Annual report of the Bengal Veterinary College and of the Civil Veterinary Department, Bengal, for the year 1912-1913 - 1912-1913
Year: 1912
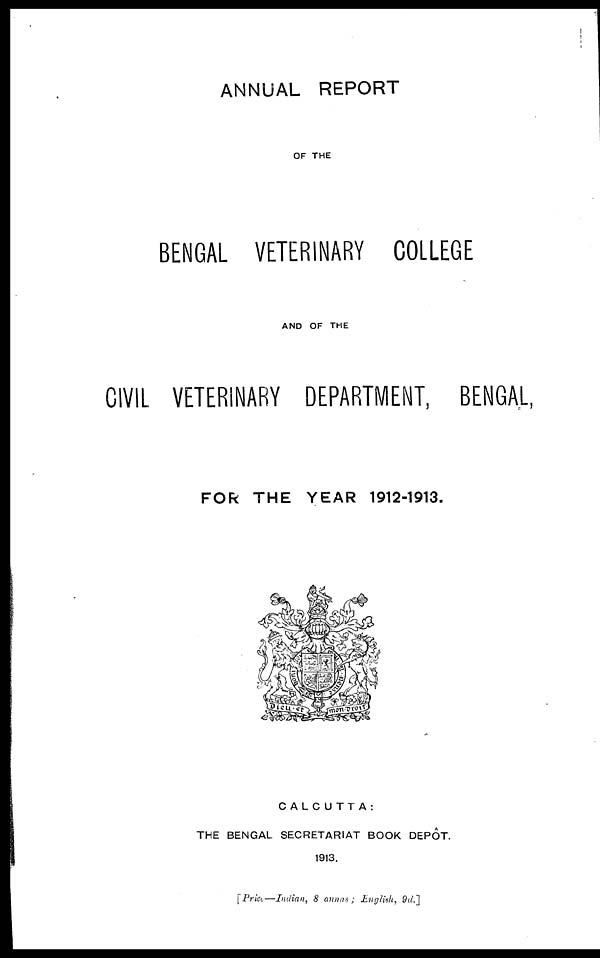
ANNUAL REPORT
OF THE
BENGAL VETERINARY COLLEGE
AND OF THE
CIVIL VETERINARY DEPARTMENT, BENGAL,
FOR THE YEAR 1912-1913.
CALCUTTA:
THE BENGAL SECRETARIAT BOOK DEPOT.
1913.
[Price—Indian, 8 annas; English, 9d.]